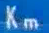
K_{m}